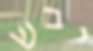
יבש